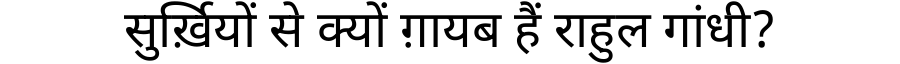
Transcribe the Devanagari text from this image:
सुर्ख़ियों से क्यों ग़ायब हैं राहुल गांधी?